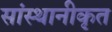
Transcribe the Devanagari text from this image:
सांस्थानीकृत